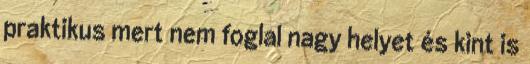
praktikus mert nem foglal nagy helyet és kint is